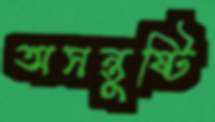
অসন্তুষ্টি